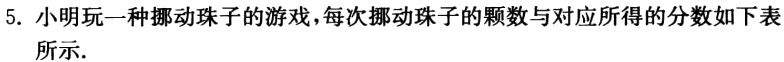
5. 小明玩一种挪动珠子的游戏，每次挪动珠子的颗数与对应所得的分数如下表所示.